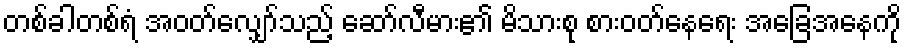
တစ်ခါတစ်ရံ အဝတ်လျှော်သည့် ဆော်လီမား၏ မိသားစု စားဝတ်နေရေး အခြေအနေကို